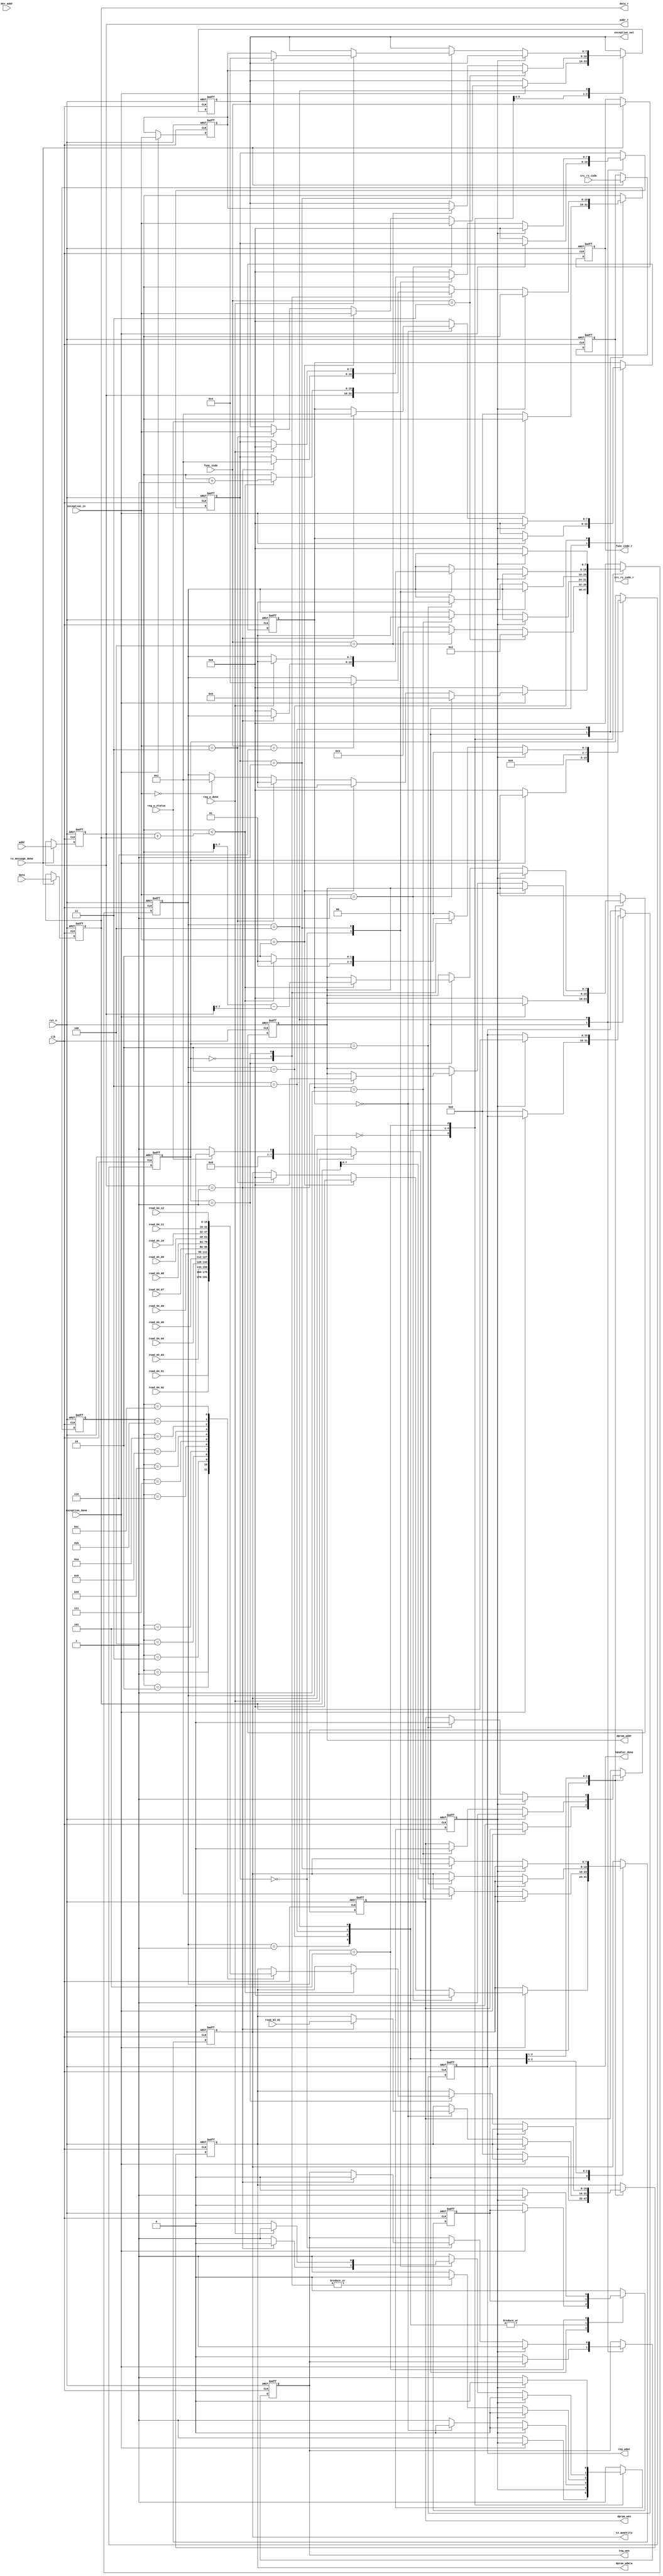
`timescale 1ns / 1ns
`define UD #1

module func_hander 
(
    input               clk             ,// system clock
    input               rst_n           ,// system reset, active low
    
    input   [7:0]       dev_addr        ,
    input               rx_message_done ,
    input   [7:0]       func_code       ,
    input   [15:0]      addr            ,
    input   [15:0]      data            ,
    input   [15:0]      crc_rx_code     ,
    
    input               exception_done  ,
    input   [7:0]       exception_in    ,
    
    input   [15:0]      read_03_01      ,
    input   [15:0]      read_04_01      ,
    input   [15:0]      read_04_02      ,
    input   [15:0]      read_04_03      ,
    input   [15:0]      read_04_04      ,
    input   [15:0]      read_04_05      ,
    input   [15:0]      read_04_06      ,
    input   [15:0]      read_04_07      ,
    input   [15:0]      read_04_08      ,
    input   [15:0]      read_04_09      ,
    input   [15:0]      read_04_10      ,
    input   [15:0]      read_04_11      ,
    input   [15:0]      read_04_12      ,
    
    output  reg [7:0]   tx_quantity     ,
    output  reg [7:0]   exception_out   ,
    
    output  reg [7:0]   func_code_r     ,
    output  reg [15:0]  addr_r          ,
    output  reg [15:0]  data_r          ,
    output  reg [15:0]  crc_rx_code_r   ,
    
    output  reg         dpram_wen       ,
    output  reg [7:0]   dpram_addr      ,
    output  reg [15:0]  dpram_wdata     ,   
    output  reg         reg_wen         ,
    output  reg [15:0]  reg_wdat        ,
    input               reg_w_done      ,
    input               reg_w_status    ,
    
    output  reg         handler_done
   
    
);

always@(posedge clk or negedge rst_n)
begin
    if( !rst_n )
    begin
        func_code_r <= `UD 8'h0;
        addr_r <= `UD 16'h0;
        data_r <= `UD 16'b0;
        crc_rx_code_r <= `UD 16'b0;
    end
    else
    begin
        if(rx_message_done)
        begin
            func_code_r <= `UD func_code;
            addr_r <= `UD addr;
            data_r <= `UD data;
            crc_rx_code_r <= `UD crc_rx_code; 
        end
    end
end

reg [7:0]   exception_in_r;
always@(posedge clk or negedge rst_n)
begin
    if( !rst_n )
    begin
        exception_in_r <= `UD 8'h0;
    end
    else
    begin
        if(exception_done)
        begin
            exception_in_r <= `UD exception_in;
        end
//        else if(handler_done)
//        begin
//            exception_in_r <= `UD 8'h0;
//        end
    end
end

reg [7:0]   op_state;
reg [7:0]   sub_state_03;
reg [7:0]   sub_state_04;
reg [7:0]   sub_state_06;
reg         FF;
reg [15:0]  raddr_index;
always@(posedge clk or negedge rst_n)
begin
    if( !rst_n )
    begin
        op_state <= `UD 8'h0;
        FF <= `UD 1'b1;
        sub_state_03 <= `UD 8'h0;
        sub_state_04 <= `UD 8'h0;
        sub_state_06 <= `UD 8'h0;
        handler_done <= `UD 1'b0;
        tx_quantity <= `UD 8'h0;
        exception_out <= `UD 8'h0;
        dpram_wen  <= `UD 1'b0;
        dpram_addr <= `UD 8'h0;
        dpram_wdata <= `UD 16'h0;
        raddr_index <= `UD 16'h0;
        reg_wen     <= `UD 1'b0;
        reg_wdat    <= `UD 16'h0;
    end
    else
    begin
        case(op_state)
        8'd0: // IDEL
        begin
            if(exception_done)
            begin
                if(exception_in==8'd1)
                begin
                    op_state <= `UD 8'd5;
                    exception_out <= `UD exception_in;
                    tx_quantity <= `UD 16'd0;
                end
                else if(exception_in==8'd2)
                begin
                    op_state <= `UD 8'd5;
                    exception_out <= `UD exception_in;
                    tx_quantity <= `UD 16'd0;
                end
                else if(exception_in==8'd3)
                begin
                    op_state <= `UD 8'd5;
                    exception_out <= `UD exception_in;
                    tx_quantity <= `UD 16'd0;
                end
                else if(exception_in==8'd0)
                begin
                    op_state <= `UD 8'd1;
                end
            end
            else
            begin
                op_state <= `UD 8'h0;
                FF <= `UD 1'b1;
                sub_state_03 <= `UD 8'h0;
                sub_state_04 <= `UD 8'h0;
                sub_state_06 <= `UD 8'h0;
                handler_done <= `UD 1'b0;
//                tx_quantity <= `UD 8'h0;
                //exception_out <= `UD 8'h0;
                dpram_wen  <= `UD 1'b0;
                dpram_addr <= `UD 8'h0;
                dpram_wdata <= `UD 16'h0;
                raddr_index <= `UD 16'h0;
                reg_wen     <= `UD 1'b0;
                reg_wdat    <= `UD 16'h0;
            end
        end
        8'd1: // normal handler start
        begin
            if(func_code==8'h03)
            begin
                op_state <= `UD 8'd2;
                exception_out <= `UD exception_in_r;
            end
            else if(func_code==8'h04)
            begin
                op_state <= `UD 8'd3;
                exception_out <= `UD exception_in_r;
            end
            else if(func_code==8'h06)
            begin
                op_state <= `UD 8'd4;
            end
        end
        8'd2:
        begin
            if(FF)
            begin
                FF <= `UD 1'b0;
                sub_state_03 <= `UD 8'd0;
                dpram_wen <= `UD 1'b1;
            end
            else
            begin
                case(sub_state_03)
                8'd0:
                begin
                    if(addr_r==16'h0001)
                    begin
                        dpram_addr <= `UD 8'h00;
                        dpram_wdata <= `UD read_03_01;
                        sub_state_03 <= `UD 8'd1;
                    end
                end
                8'd1:
                begin
                    op_state <= `UD 8'd5;
                    tx_quantity <= `UD 8'd1;
                    sub_state_03 <= `UD 8'd0;
                    dpram_wen <= `UD 1'b0;
                    FF <= `UD 1'b1;
                end
                default:
                begin
                    FF <= `UD 1'b1;
                    sub_state_03 <= `UD 8'd0;
                end
                endcase
            end
        end
        8'd3:
        begin
            if(FF)
            begin
                FF <= `UD 1'b0;
                sub_state_04 <= `UD 8'd0;
                dpram_wen <= `UD 1'b1;
            end
            else
            begin
                case(sub_state_04)
                8'd0:
                begin
                    raddr_index <= `UD addr_r;
                    sub_state_04 <= `UD 8'd1;
                end
                8'd1:
                begin                              
                    if(raddr_index < addr_r + data_r) 
                    begin
                        dpram_addr <= `UD (raddr_index-addr_r);
                        case(raddr_index)                 
                        8'd1:dpram_wdata  <= `UD read_04_01;
                        8'd2:dpram_wdata  <= `UD read_04_02;
                        8'd3:dpram_wdata  <= `UD read_04_03;
                        8'd4:dpram_wdata  <= `UD read_04_04;
                        8'd5:dpram_wdata  <= `UD read_04_05;
                        8'd6:dpram_wdata  <= `UD read_04_06;
                        8'd7:dpram_wdata  <= `UD read_04_07;
                        8'd8:dpram_wdata  <= `UD read_04_08;
                        8'd9:dpram_wdata  <= `UD read_04_09;
                        8'd10:dpram_wdata <= `UD read_04_10;
                        8'd11:dpram_wdata <= `UD read_04_11;
                        8'd12:dpram_wdata <= `UD read_04_12;
                        default;
                        endcase
                        raddr_index <= `UD raddr_index + 1'b1;
                        sub_state_04 <= `UD 8'd1;
                    end
                    else
                    begin
                        sub_state_04 <= `UD 8'd2;
                    end
                end 
                8'd2:
                begin
                    op_state <= `UD 8'd5;
                    tx_quantity <= `UD data_r;
                    sub_state_04 <= `UD 8'd0;
                    dpram_wen <= `UD 1'b0;
                    FF <= `UD 1'b1;
                end
                default:
                begin
                    FF <= `UD 1'b1;
                    sub_state_04 <= `UD 8'd0;
                end
                endcase
            end
        end
        8'd4:
        begin
            if(FF)
            begin
                FF <= `UD 1'b0;
                sub_state_06 <= `UD 8'd0;
                reg_wen <= `UD 1'b1;
                reg_wdat <= `UD data_r;
            end
            else
            begin
                case(sub_state_06)
                8'd0:
                begin
                    if(addr_r==16'h0001)
                    begin
                        reg_wen <= `UD 1'b0;
                        sub_state_06 <= `UD 8'd1;
                    end
                    else
                    begin
                        op_state <= `UD 8'd0;
                        FF <= `UD 1'b1;
                    end
                end
                8'd1:
                begin
                    if(reg_w_done)
                    begin
                        if(reg_w_status) // write failed
                        begin
                            exception_out <= `UD 8'h04;
                            op_state <= `UD 8'd5;
                            tx_quantity <= `UD 16'd0;
                            sub_state_06 <= `UD 8'd0;
                            FF <= `UD 1'b1;
                        end
                        else
                        begin
                            exception_out <= `UD exception_in_r;
                            op_state <= `UD 8'd5;
                            tx_quantity <= `UD 16'd1;
                            sub_state_06 <= `UD 8'd0;
                            FF <= `UD 1'b1;
                        end
                    end
                end
                default:
                begin
                    FF <= `UD 1'b1;
                    sub_state_06 <= `UD 8'd0;
                end
                endcase
            end
        end
        
        8'd5:
        begin
            if(FF)
            begin
                FF <= `UD 1'b0;
                handler_done <= `UD 1'b1;
            end
            else
            begin
                FF <= `UD 1'b1;
                op_state <= `UD 8'd0;
                handler_done <= `UD 1'b0;
            end
        end
        
        default:
        begin
            op_state <= `UD 8'h0;
            FF <= `UD 1'b1;
            handler_done <= `UD 1'b0;
        end
        endcase
    end
end

endmodule